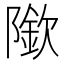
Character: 𨼌